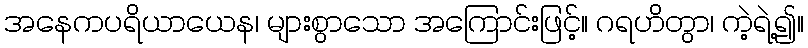
အနေကပရိယာယေန၊ များစွာသော အကြောင်းဖြင့်။ ဂရဟိတွာ၊ ကဲ့ရဲ့၍။